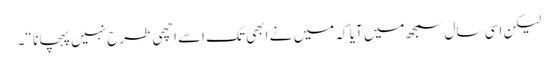
لیکن اسی سال سمجھ میں آیا کہ میں نے ابھی تک اسے اچھی طرح نہیں پہچانا “۔